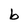
Character: b